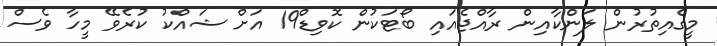
މީގެއިތުރުން ލަންކާއިން ރާއްޖެއައި ބޯޓަކުން ކޮވިޑް19 އަށް ޝައްކު ކުރެވޭ މީހާ ވެސް